65_HS1-834228961_62-HQ-83894_Section_6
Agency: FBI
Page 175
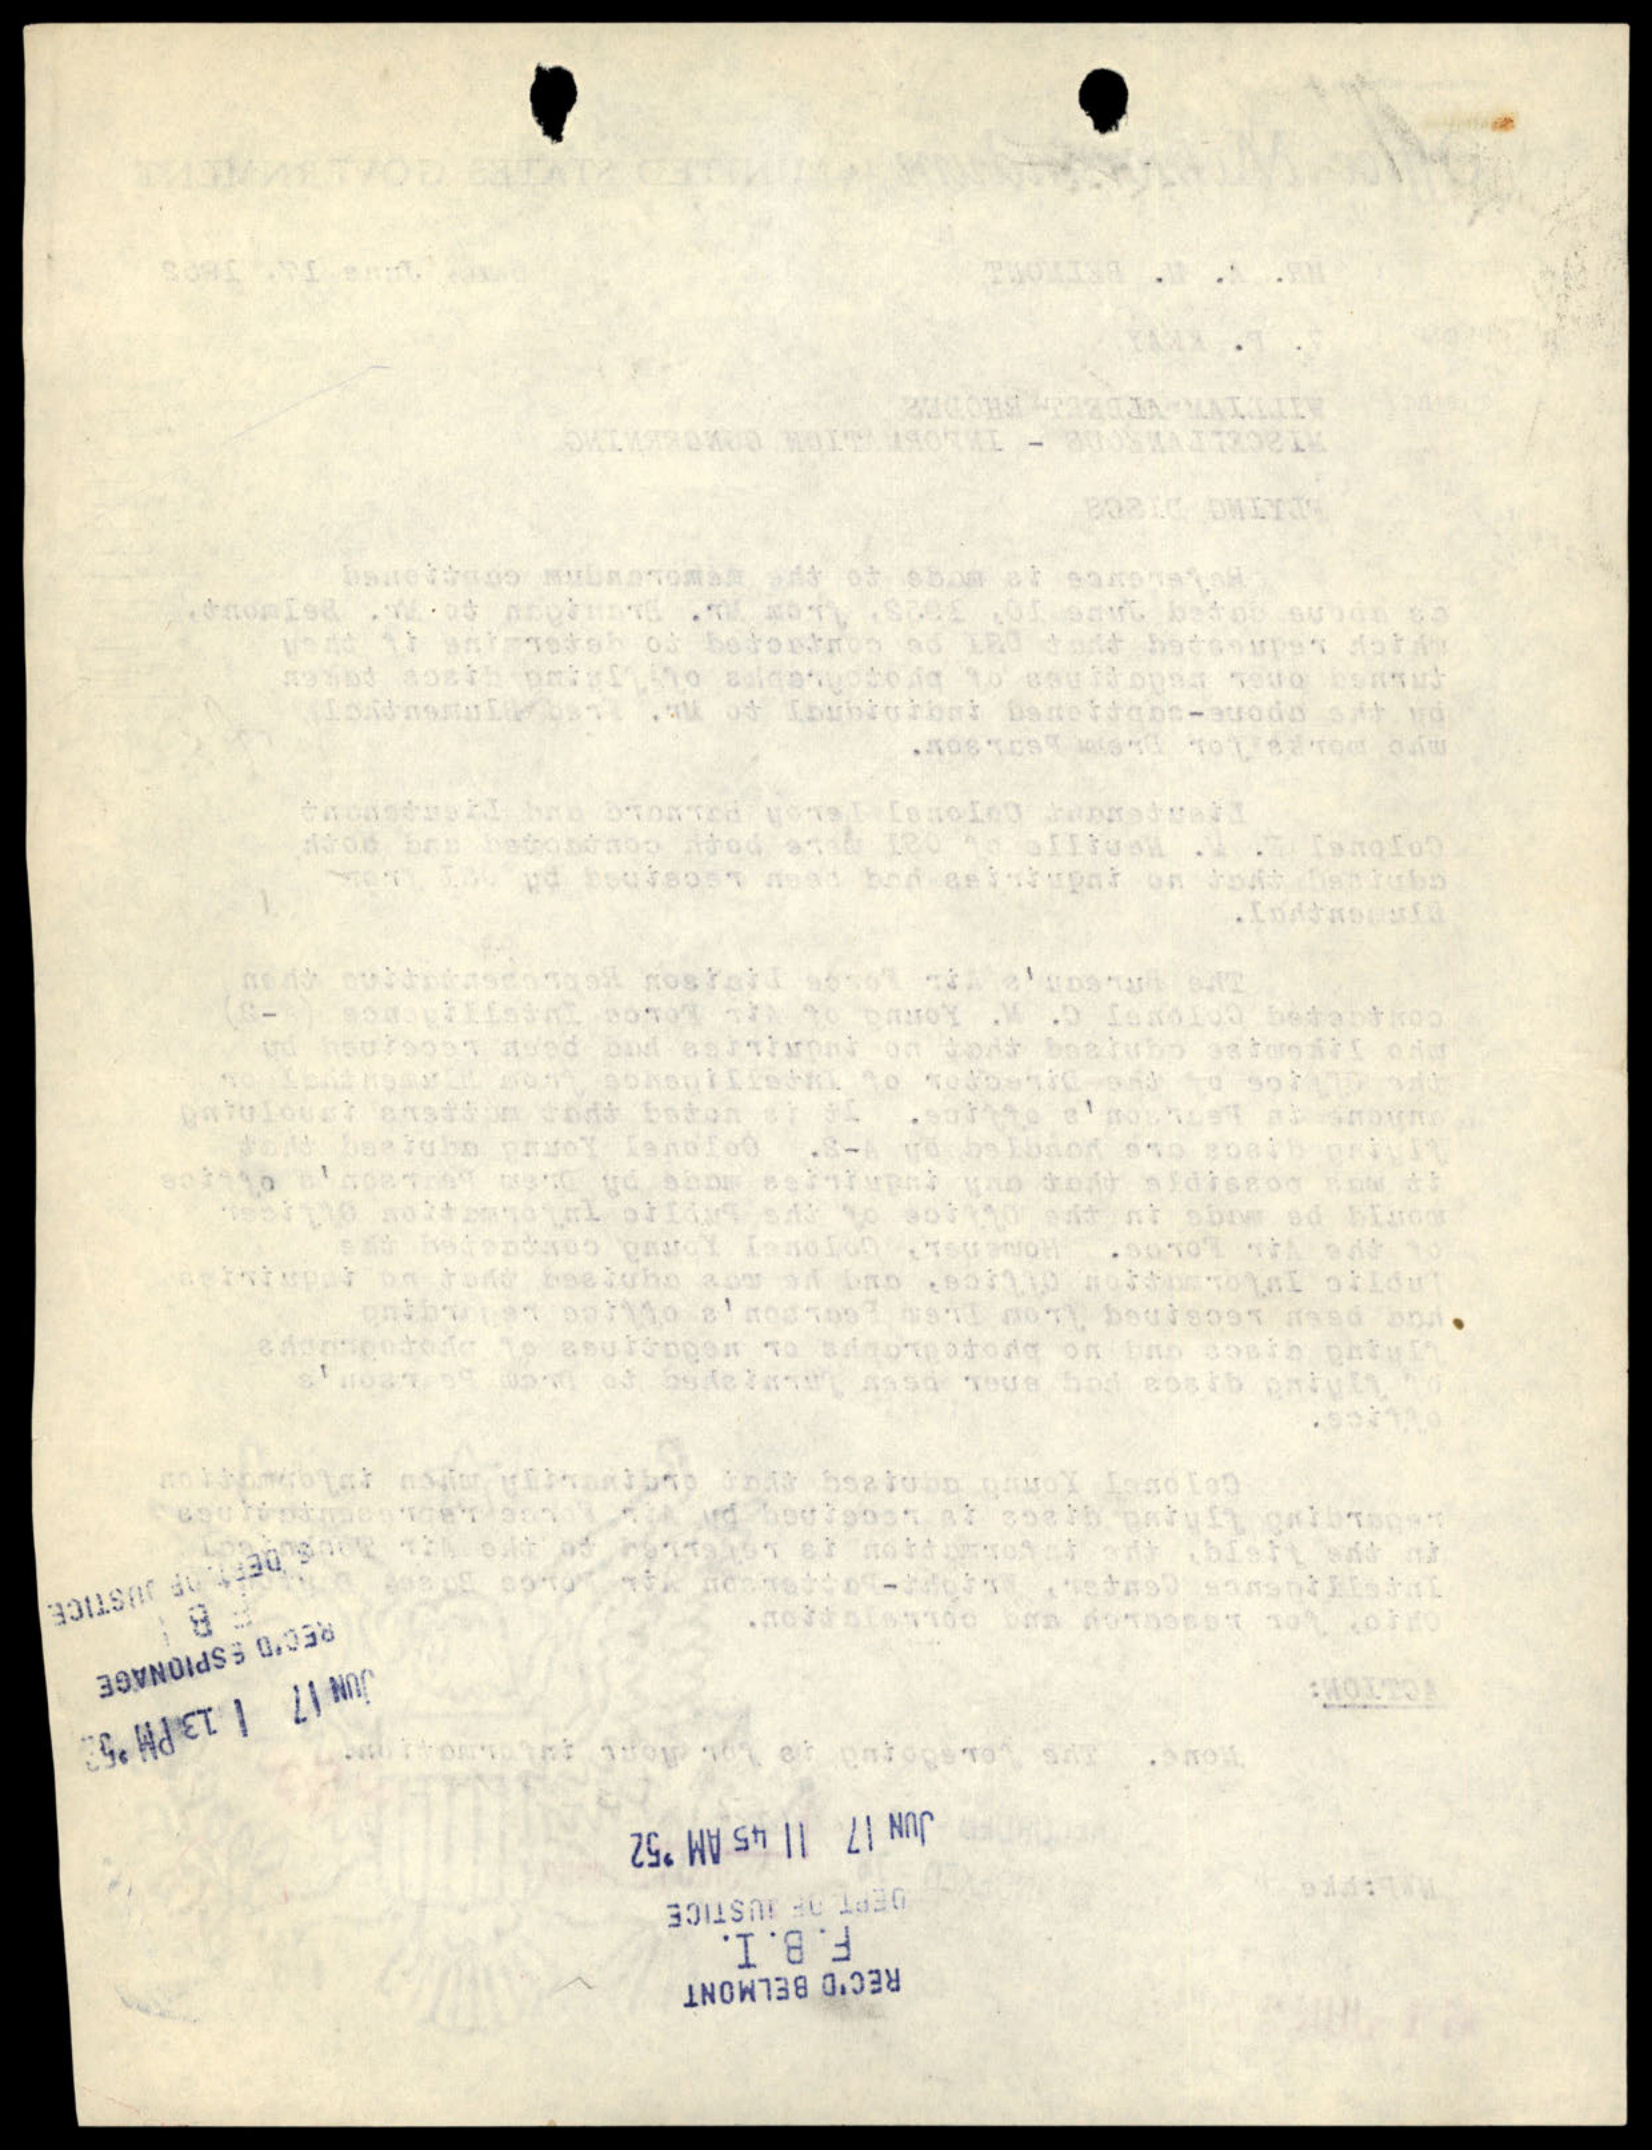